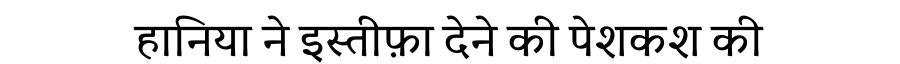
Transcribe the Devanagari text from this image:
हानिया ने इस्तीफ़ा देने की पेशकश की